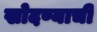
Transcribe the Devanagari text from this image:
खोदण्याची